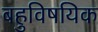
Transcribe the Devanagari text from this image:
बहुविषयिक